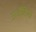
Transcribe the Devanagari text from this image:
अर्जेंटिया